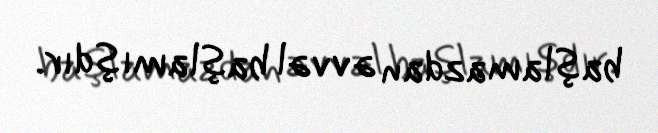
başlamazdan əvvəl başlamışdır.